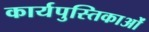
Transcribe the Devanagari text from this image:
कार्यपुस्तिकाओं